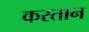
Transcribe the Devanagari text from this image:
करतान